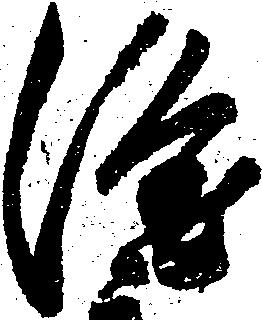
隆